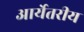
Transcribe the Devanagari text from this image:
आर्येतरीय